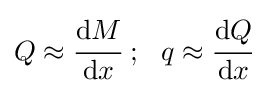
Q\approx {\cfrac {\mathrm {d} M}{\mathrm {d} x}}~;~~q\approx {\cfrac {\mathrm {d} Q}{\mathrm {d} x}}